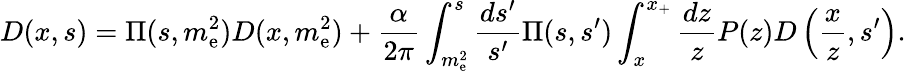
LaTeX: D(x,s)=\Pi(s,m_{\mathrm{e}}^{2})D(x,m_{\mathrm{e}}^{2})+{\frac{{\alpha}}{{2\pi}}}\int_{m_{\mathrm{e}}^{2}}^{s}{\frac{{ds^{\prime}}}{{s^{\prime}}}}\Pi(s,s^{\prime})\int_{x}^{x_{+}}{\frac{{dz}}{{z}}}P(z)D\left({\frac{{x}}{{z}}},s^{\prime}\right).